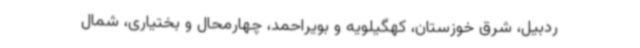
ردبیل، شرق خوزستان، کهگیلویه و بویراحمد، چهارمحال و بختیاری، شمال